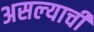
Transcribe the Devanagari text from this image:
असल्‍याची